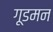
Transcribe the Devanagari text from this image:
गूडमन